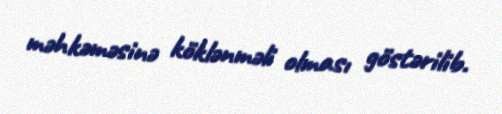
məhkəməsinə köklənməli olması göstərilib.